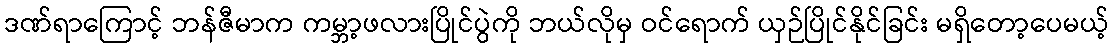
ဒဏ်ရာကြောင့် ဘန်ဇီမာက ကမ္ဘာ့ဖလားပြိုင်ပွဲကို ဘယ်လိုမှ ဝင်ရောက် ယှဉ်ပြိုင်နိုင်ခြင်း မရှိတော့ပေမယ့်